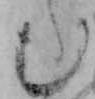
む